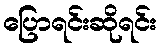
ပြောရင်းဆိုရင်း